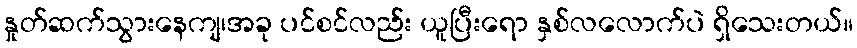
နှုတ်ဆက်သွားနေကျ၊အခု ပင်စင်လည်း ယူပြီးရော နှစ်လလောက်ပဲ ရှိသေးတယ်။